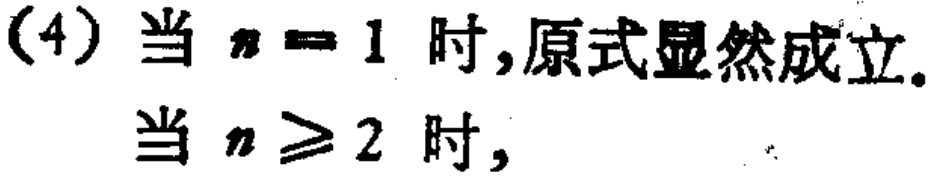
(4) 当 \(n = 1\) 时,原式显然成立.

当 \(n\geq 2\) 时,